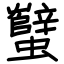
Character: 蠥